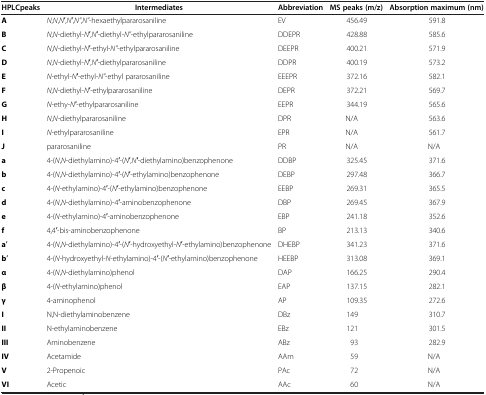
<table><thead><tr><td><b>HPLCpeaks</b></td><td><b>Intermediates</b></td><td><b>Abbreviation</b></td><td><b>MS peaks (m/z)</b></td><td><b>Absorption maximum (nm)</b></td></tr></thead><tbody><tr><td><b>A</b></td><td><i>N</i>,<i>N</i>,<i>N</i>′,<i>N</i>′,<i>N&quot;</i>,<i>N&quot;</i>-hexaethylpararosaniline</td><td>EV</td><td>456.49</td><td>591.8</td></tr><tr><td><b>B</b></td><td><i>N</i>,<i>N</i>-diethyl-<i>N</i>′,<i>N</i>′-diethyl-<i>N&quot;</i>-ethylpararosaniline</td><td>DDEPR</td><td>428.88</td><td>585.6</td></tr><tr><td><b>C</b></td><td><i>N</i>,<i>N</i>-diethyl-<i>N</i>′-ethyl-<i>N&quot;</i>-ethylpararosaniline</td><td>DEEPR</td><td>400.21</td><td>571.9</td></tr><tr><td><b>D</b></td><td><i>N</i>,<i>N</i>-diethyl-<i>N</i>′,<i>N</i>′-diethylpararosaniline</td><td>DDPR</td><td>400.19</td><td>573.2</td></tr><tr><td><b>E</b></td><td><i>N</i>-ethyl-<i>N</i>′-ethyl-<i>N&quot;</i>-ethyl pararosaniline</td><td>EEEPR</td><td>372.16</td><td>582.1</td></tr><tr><td><b>F</b></td><td><i>N</i>,<i>N</i>-diethyl-<i>N</i>′-ethylpararosaniline</td><td>DEPR</td><td>372.21</td><td>569.7</td></tr><tr><td><b>G</b></td><td><i>N</i>-ethy-<i>N</i>′-ethylpararosaniline</td><td>EEPR</td><td>344.19</td><td>565.6</td></tr><tr><td><b>H</b></td><td><i>N</i>,<i>N</i>-diethylpararosaniline</td><td>DPR</td><td>N/A</td><td>563.6</td></tr><tr><td><b>I</b></td><td><i>N</i>-ethylpararosaniline</td><td>EPR</td><td>N/A</td><td>561.7</td></tr><tr><td><b>J</b></td><td>pararosaniline</td><td>PR</td><td>N/A</td><td>N/A</td></tr><tr><td><b>a</b></td><td>4-(<i>N</i>,<i>N</i>-diethylamino)-4′-(<i>N</i>′,<i>N</i>′-diethylamino)benzophenone</td><td>DDBP</td><td>325.45</td><td>371.6</td></tr><tr><td><b>b</b></td><td>4-(<i>N</i>,<i>N</i>-diethylamino)-4′-(<i>N</i>′-ethylamino)benzophenone</td><td>DEBP</td><td>297.48</td><td>366.7</td></tr><tr><td><b>c</b></td><td>4-(<i>N</i>-ethylamino)-4′-(<i>N</i>′-ethylamino)benzophenone</td><td>EEBP</td><td>269.31</td><td>365.5</td></tr><tr><td><b>d</b></td><td>4-(<i>N</i>,<i>N</i>-diethylamino)-4′-aminobenzophenone</td><td>DBP</td><td>269.45</td><td>367.9</td></tr><tr><td><b>e</b></td><td>4-(<i>N</i>-ethylamino)-4′-aminobenzophenone</td><td>EBP</td><td>241.18</td><td>352.6</td></tr><tr><td><b>f</b></td><td>4,4′-bis-aminobenzophenone</td><td>BP</td><td>213.13</td><td>340.6</td></tr><tr><td><b>a</b>′</td><td>4-(<i>N</i>,<i>N</i>-diethylamino)-4′-(<i>N</i>′-hydroxyethyl-<i>N</i>′-ethylamino)benzophenone</td><td>DHEBP</td><td>341.23</td><td>371.6</td></tr><tr><td><b>b</b>′</td><td>4-(<i>N</i>-hydroxyethyl-<i>N</i>-ethylamino)-4′-(<i>N</i>′-ethylamino)benzophenone</td><td>HEEBP</td><td>313.08</td><td>369.1</td></tr><tr><td><b>α</b></td><td>4-(<i>N</i>,<i>N</i>-diethylamino)phenol</td><td>DAP</td><td>166.25</td><td>290.4</td></tr><tr><td><b>β</b></td><td>4-(<i>N</i>-ethylamino)phenol</td><td>EAP</td><td>137.15</td><td>282.1</td></tr><tr><td><b>γ</b></td><td>4-aminophenol</td><td>AP</td><td>109.35</td><td>272.6</td></tr><tr><td><b>I</b></td><td>N,N-diethylaminobenzene</td><td>DBz</td><td>149</td><td>310.7</td></tr><tr><td><b>II</b></td><td>N-ethylaminobenzene</td><td>EBz</td><td>121</td><td>301.5</td></tr><tr><td><b>III</b></td><td>Aminobenzene</td><td>ABz</td><td>93</td><td>282.9</td></tr><tr><td><b>IV</b></td><td>Acetamide</td><td>AAm</td><td>59</td><td>N/A</td></tr><tr><td><b>V</b></td><td>2-Propenoic</td><td>PAc</td><td>72</td><td>N/A</td></tr><tr><td><b>VI</b></td><td>Acetic</td><td>AAc</td><td>60</td><td>N/A</td></tr></tbody></table>